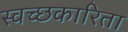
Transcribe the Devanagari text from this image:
स्वच्छकारिता